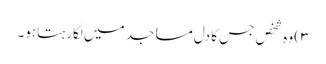
۳) وہ شخص جس کا دل مساجد میں لگارہتاہو۔